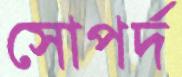
সোপর্দ